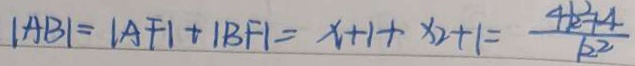
\vert A B \vert = \vert A F \vert + \vert B F \vert = x + 1 + x _ { 2 } + 1 = \frac { 4 k ^ { 2 } + 4 } { k ^ { 2 } }